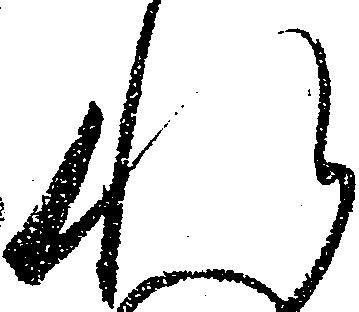
れ